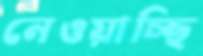
নেওয়াচ্ছি